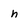
Character: h